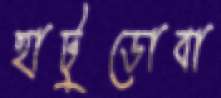
হাটুডোবা